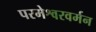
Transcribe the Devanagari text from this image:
परमेश्वरवर्मन